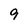
Character: 9